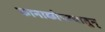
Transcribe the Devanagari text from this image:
कानाकोपरयातुन्